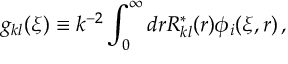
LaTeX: g _ { k l } ( \xi ) \equiv k ^ { - 2 } \int _ { 0 } ^ { \infty } d r R _ { k l } ^ { * } ( r ) \phi _ { i } ( \xi , r ) \, ,